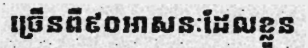
ច្រើនពី៩០អាសនៈដែលខ្លួន